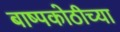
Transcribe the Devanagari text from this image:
बाष्पकोठीच्या